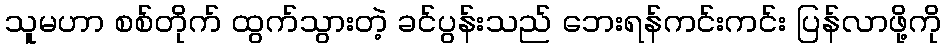
သူမဟာ စစ်တိုက် ထွက်သွားတဲ့ ခင်ပွန်းသည် ဘေးရန်ကင်းကင်း ပြန်လာဖို့ကို